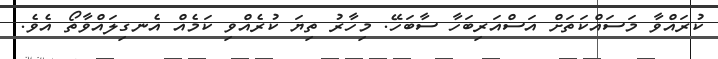
ކުރައްވާ މަސައްކަތަށް އަސްއަރިބަހާ ސާބަހޭ. މިހާރު ތިޔަ ކުރެއްވި ކަމެއް އެނގިލައްވާތޯ އެވެ.